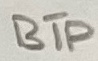
Text: BTP